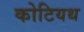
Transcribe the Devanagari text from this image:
कोटियथ